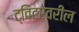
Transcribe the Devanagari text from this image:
ट्विटरवरील